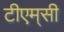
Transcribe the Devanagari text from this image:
टीएम्‌सी